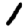
Digit: 1